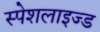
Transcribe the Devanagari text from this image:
स्पेशलाइज्ड